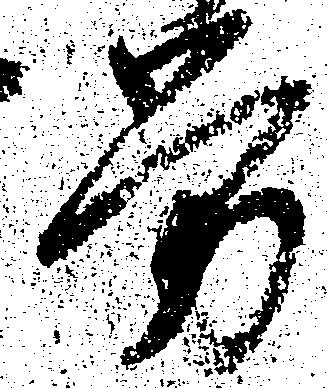
労